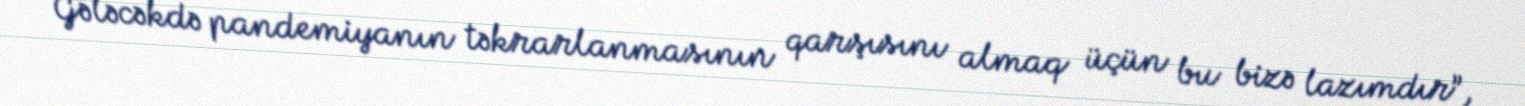
Gələcəkdə pandemiyanın təkrarlanmasının qarşısını almaq üçün bu bizə lazımdır”,